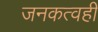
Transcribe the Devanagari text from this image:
जनकत्वही